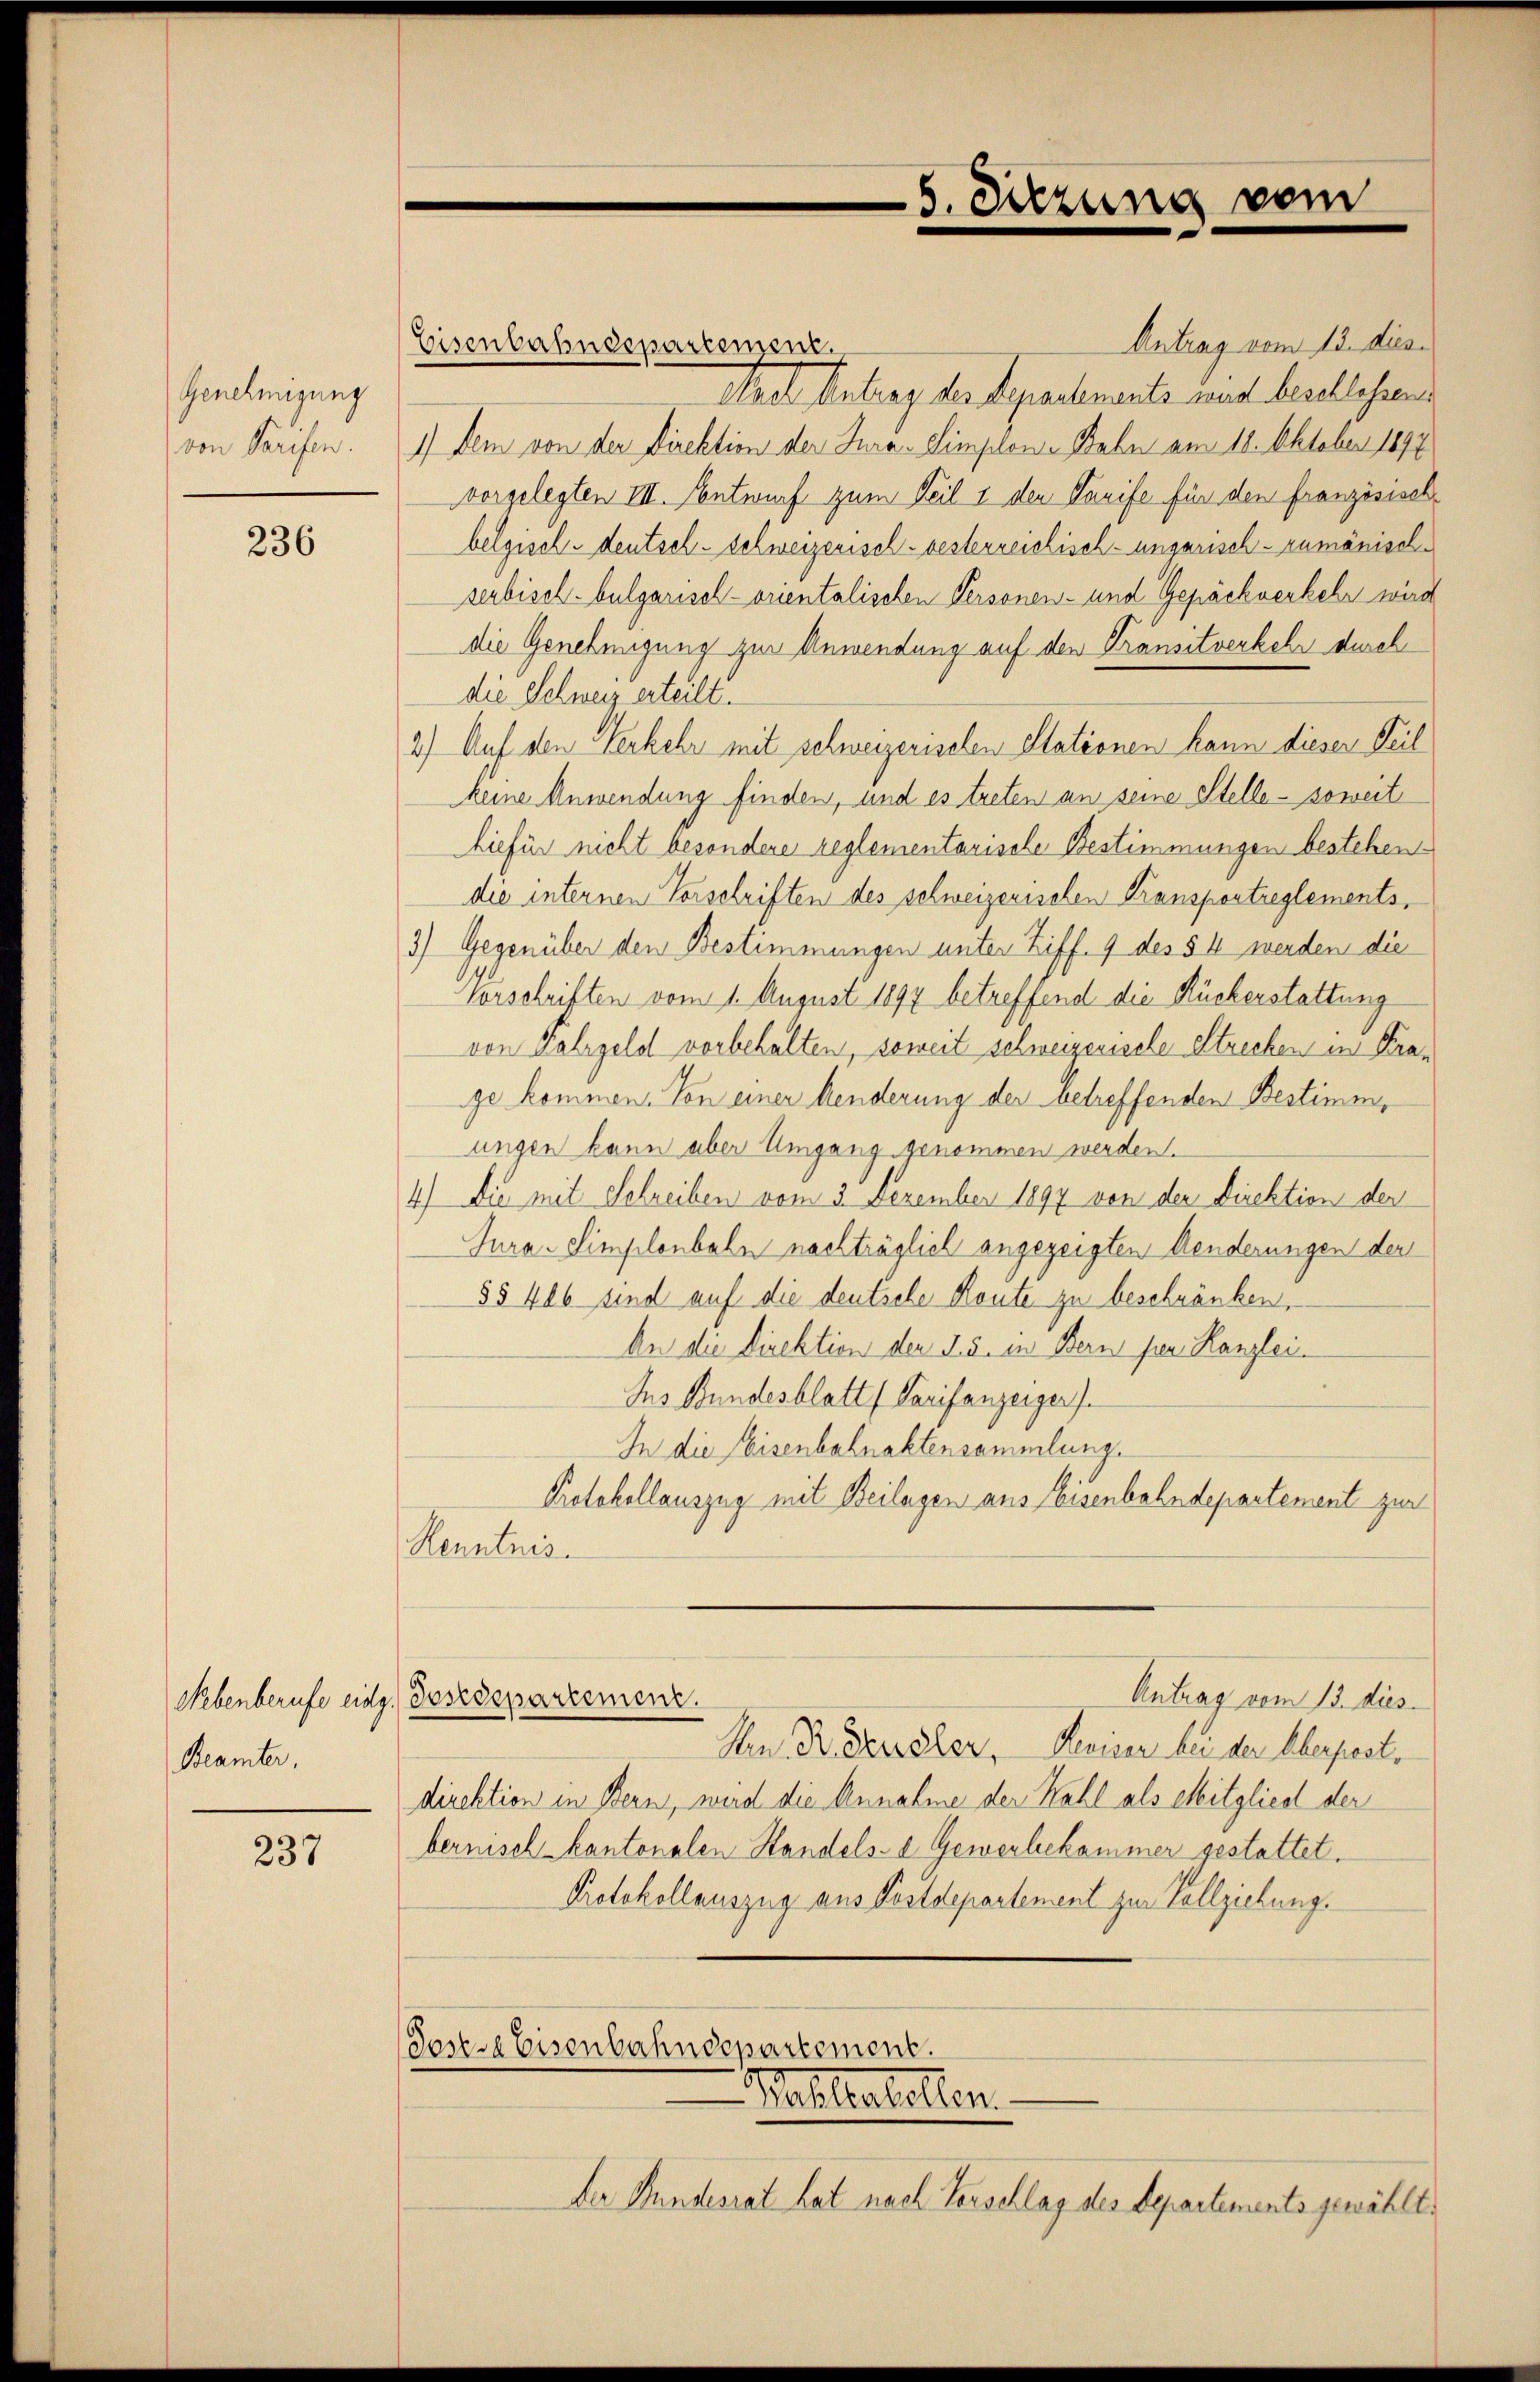
Genehmigung
von Tarifen.

236

Nebenberufe eidg.
Beamter,

237

Antrag vom 13. dies
Eisenbahndepartement.
Nach Antrag des Legralements nach beschlossens
1) dem von der Direktion der Jura-Simplone Bahn am 18. Oktober 1891
vorgelegten III. Entwurf zum Teil i den Tarife für den französischbelgische deutsch-schweizerisch-besterreichisch-ungarisch-rumänischserbisch-bulgarisch-orientalischen Personen- und Gepäckverkehr wird
die Genehmigung zur Anwendung auf den Transitverkehr durch
die Schweiz erteilt.
2.) Auf den Verkehr mit schweizerischen Stationen kann diesen Teil
keine Anwendung finden, und es treten an seine Stelle - soweit
hiefür nicht besondere reglementarische Bestimmungen bestehen
die internen Vorschriften des schweizerischen Kransportreglements,
3) Gegenüber den Bestimmungen unter Ziff. 9 des § 4 werden die
Vorschriften vom 1. August 1897 betreffend die Rückerstattung
von Falzgeld vorbehalten, soweit schweizerische Strechen in Krage kommen. Von einer Aenderung der betreffenden Bestimmungen kann aber Umgang genommen werden.
4) Die mit Schreiben vom 3. Dezember 1897 von der Direktion der
Jura. Simplonbahn nachträglich angezeigten Aenderungen der
§§ 406 sind auf die deutsche Route zu beschränken,
An die Direktion den 2. s. in Bern per Kanzlei.
Ins Bundesblatt (Tarifanzeiger)
In die Eisenbahnaktensammlung.
Protokollauszug mit Beilagen aus Eisenbahndepartement zur
Henntnis.
Antrag vom 13. dies
Tesedepartement.
An R. deusler, Reviser bei der Überpest,
direktion in Bern, wird die Annahme der Kahl als Mitglied der
bernisch kantonalen Handels- & Gewerbekammer gestattet.
Protokollauszug aus Postdepartement zur Vollziehung.
Josse Eisenbahndepartement.

5. Sitzung vom

Mahlestellen.
Der Hundesrat hat nach Verschlag des Departements gewählt.